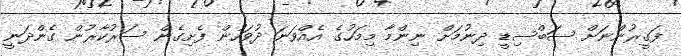
ފަގީރުންނަށް ސަބްސިޑީ ދިނުމަށް ނިންމާ މިމަހުގެ އެއްވަނަ ދުވަހުން ފެށިގެން ސަރުކާރުން ގެންދަނީ